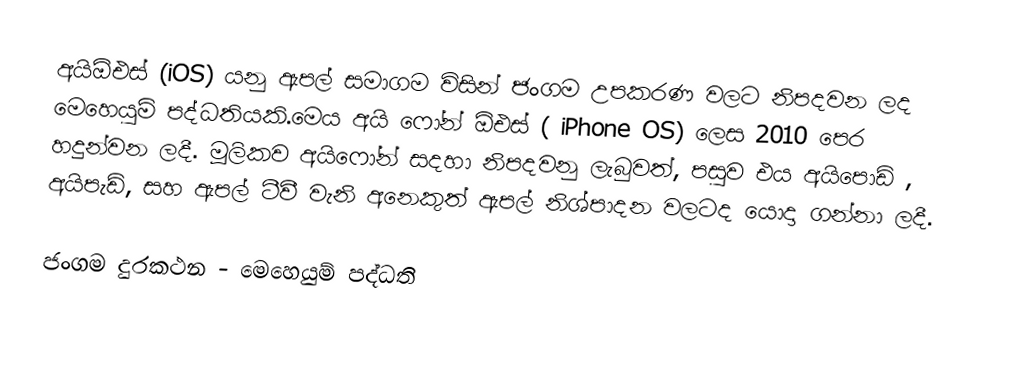
අයිඕඑස් (iOS) යනු ඇපල් සමාගම විසින් ජංගම උපකරණ වලට නිපදවන ලද මෙහෙයුම් පද්ධතියකි.මෙය අයි ෆෝන් ඕඑස් ( iPhone OS) ලෙස 2010 පෙර හදුන්වන ලදී. මූලිකව අයිෆෝන් සදහා නිපදවනු ලැබුවත්, පසුව එය අයිපොඩ් , අයිපැඩ්, සහ ඇපල් ටීවී වැනි අනෙකුත් ඇපල් නිශ්පාදන වලටද යොදා ගන්නා ලදී.

ජංගම දුරකථන - මෙහෙයුම් පද්ධති